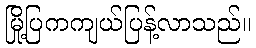
မြို့ပြကကျယ်ပြန့်လာသည်။